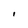
Character: I